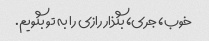
خوب، جری، بگذار رازی را به تو بگویم.